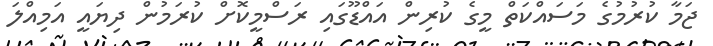
ޖަމާ ކުރުމުގެ މަސައްކަތް މީގެ ކުރިން އައްޑޫގައި ރަސްމީކޮށް ކުރަމުން ދިޔައީ އަމިއްލަ